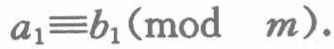
\(a_{1}\equiv b_{1}(\text{mod }m)\)